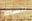
انساه